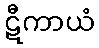
ဋီကာယံ